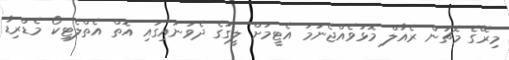
މިރޭގެ މެޗުން ރެއާލް މޮޅުވެއްޖެނަމަ އެޓީމަށް ލީގުގެ ދެވަނައިގައި އޮތް އެތްލެޓިކޯ މެޑްރިޑާ